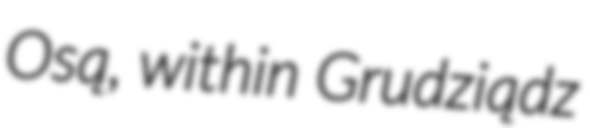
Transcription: Osą, within Grudziądz